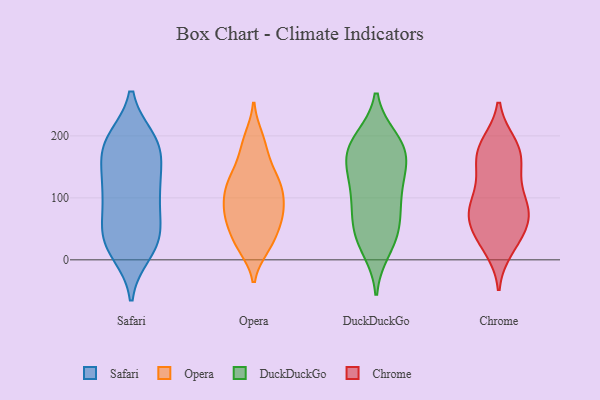
{"axis": {"x": "Conversion Rate (%)", "y": "Value"}, "legend": ["Chrome", "DuckDuckGo", "Opera", "Safari"], "data": [{"x": "", "y": 23, "type": "Safari"}, {"x": "", "y": 104, "type": "Safari"}, {"x": "", "y": 193, "type": "Safari"}, {"x": "", "y": 104, "type": "Safari"}, {"x": "", "y": 194, "type": "Safari"}, {"x": "", "y": 40, "type": "Safari"}, {"x": "", "y": 184, "type": "Safari"}, {"x": "", "y": 160, "type": "Safari"}, {"x": "", "y": 119, "type": "Safari"}, {"x": "", "y": 19, "type": "Safari"}, {"x": "", "y": 94, "type": "Safari"}, {"x": "", "y": 12, "type": "Safari"}, {"x": "", "y": 123, "type": "Safari"}, {"x": "", "y": 179, "type": "Safari"}, {"x": "", "y": 58, "type": "Safari"}, {"x": "", "y": 194, "type": "Safari"}, {"x": "", "y": 49, "type": "Safari"}, {"x": "", "y": 155, "type": "Safari"}, {"x": "", "y": 38, "type": "Safari"}, {"x": "", "y": 192, "type": "Opera"}, {"x": "", "y": 107, "type": "Opera"}, {"x": "", "y": 155, "type": "Opera"}, {"x": "", "y": 109, "type": "Opera"}, {"x": "", "y": 164, "type": "Opera"}, {"x": "", "y": 62, "type": "Opera"}, {"x": "", "y": 63, "type": "Opera"}, {"x": "", "y": 74, "type": "Opera"}, {"x": "", "y": 198, "type": "Opera"}, {"x": "", "y": 20, "type": "Opera"}, {"x": "", "y": 84, "type": "Opera"}, {"x": "", "y": 76, "type": "Opera"}, {"x": "", "y": 36, "type": "Opera"}, {"x": "", "y": 74, "type": "Opera"}, {"x": "", "y": 117, "type": "Opera"}, {"x": "", "y": 122, "type": "Opera"}, {"x": "", "y": 20, "type": "Opera"}, {"x": "", "y": 122, "type": "Opera"}, {"x": "", "y": 29, "type": "Opera"}, {"x": "", "y": 132, "type": "Opera"}, {"x": "", "y": 186, "type": "DuckDuckGo"}, {"x": "", "y": 183, "type": "DuckDuckGo"}, {"x": "", "y": 153, "type": "DuckDuckGo"}, {"x": "", "y": 45, "type": "DuckDuckGo"}, {"x": "", "y": 164, "type": "DuckDuckGo"}, {"x": "", "y": 27, "type": "DuckDuckGo"}, {"x": "", "y": 192, "type": "DuckDuckGo"}, {"x": "", "y": 195, "type": "DuckDuckGo"}, {"x": "", "y": 105, "type": "DuckDuckGo"}, {"x": "", "y": 159, "type": "DuckDuckGo"}, {"x": "", "y": 82, "type": "DuckDuckGo"}, {"x": "", "y": 61, "type": "DuckDuckGo"}, {"x": "", "y": 17, "type": "DuckDuckGo"}, {"x": "", "y": 49, "type": "DuckDuckGo"}, {"x": "", "y": 117, "type": "DuckDuckGo"}, {"x": "", "y": 145, "type": "DuckDuckGo"}, {"x": "", "y": 102, "type": "DuckDuckGo"}, {"x": "", "y": 30, "type": "Chrome"}, {"x": "", "y": 80, "type": "Chrome"}, {"x": "", "y": 83, "type": "Chrome"}, {"x": "", "y": 88, "type": "Chrome"}, {"x": "", "y": 29, "type": "Chrome"}, {"x": "", "y": 168, "type": "Chrome"}, {"x": "", "y": 187, "type": "Chrome"}, {"x": "", "y": 169, "type": "Chrome"}, {"x": "", "y": 69, "type": "Chrome"}, {"x": "", "y": 150, "type": "Chrome"}, {"x": "", "y": 130, "type": "Chrome"}, {"x": "", "y": 81, "type": "Chrome"}, {"x": "", "y": 185, "type": "Chrome"}, {"x": "", "y": 18, "type": "Chrome"}, {"x": "", "y": 180, "type": "Chrome"}, {"x": "", "y": 55, "type": "Chrome"}, {"x": "", "y": 127, "type": "Chrome"}, {"x": "", "y": 52, "type": "Chrome"}, {"x": "", "y": 85, "type": "Chrome"}]}